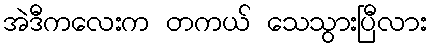
အဲဒီကလေးက တကယ် သေသွားပြီလား